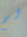
لم